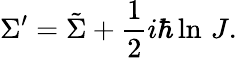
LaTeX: \Sigma^{\prime}=\tilde{\Sigma}+{\frac{1}{2}}i\hbar\ln\, J.